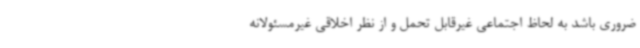
ضروری باشد به لحاظ اجتماعی غیرقابل تحمل و از نظر اخلاقی غیرمسئولانه